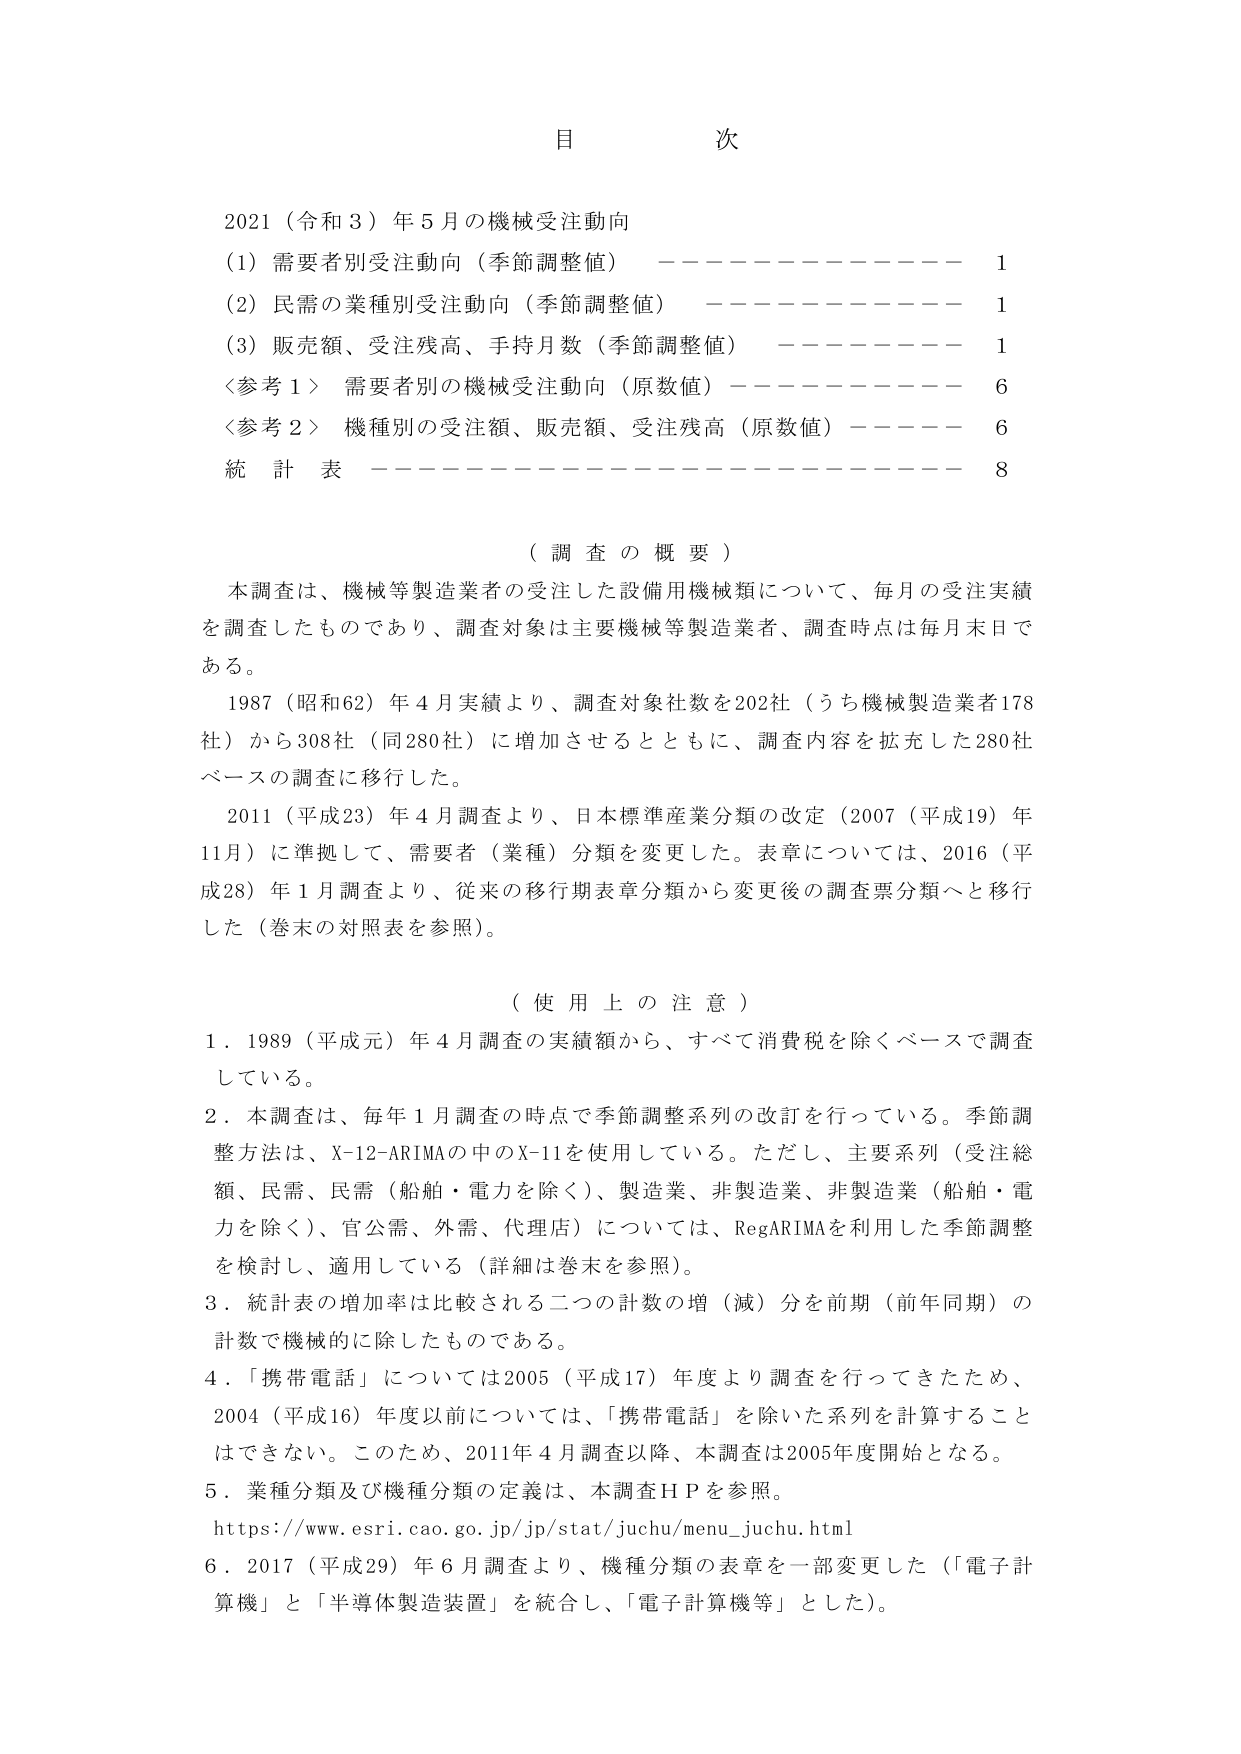
目 次

2021（令和3）年5月の機械受注動向
（1）需要者別受注動向（季節調整値） ———————— 1
（2）民需の業種別受注動向（季節調整値） ———————— 1
（3）販売額、受注残高、手持月数（季節調整値） ———————— 1
〈参考1〉 需要者別の機械受注動向（原数値） ———————— 6
〈参考2〉 機種別の受注額、販売額、受注残高（原数値） ———————— 6
統計表 ———————————————— 8

（調査の概要）
本調査は、機械等製造業者の受注した設備用機械類について、毎月の受注実績を調査したものであり、調査対象は主要機械等製造業者、調査時点は毎月末日である。
1987（昭和62）年4月実績より、調査対象社数を202社（うち機械製造業者178社）から308社（同280社）に増加させるとともに、調査内容を拡充した280社ベースの調査に移行した。
2011（平成23）年4月調査より、日本標準産業分類の改定（2007（平成19）年11月）に準拠して、需要者（業種）分類を変更した。表章については、2016（平成28）年1月調査より、従来の移行期表章分類から変更後の調査票分類へと移行した（巻末の対照表を参照）。

（使用上の注意）
1．1989（平成元）年4月調査の実績額から、すべて消費税を除くベースで調査している。
2．本調査は、毎年1月調査の時点で季節調整系列の改訂を行っている。季節調整方法は、X-12-ARIMAの中のX-11を使用している。ただし、主要系列（受注総額、民需、民需（船舶・電力を除く）、製造業、非製造業、非製造業（船舶・電力を除く）、官公需、外需、代理店）については、RegARIMAを利用した季節調整を検討し、適用している（詳細は巻末を参照）。
3．統計表の増加率は比較される二つの計数の増（減）分を前期（前年同期）の計数で機械的に除したものである。
4．「携帯電話」については2005（平成17）年度より調査を行ってきたため、2004（平成16）年度以前については、「携帯電話」を除いた系列を計算することはできない。このため、2011年4月調査以降、本調査は2005年度開始となる。
5．業種分類及び機種分類の定義は、本調査ＨＰを参照。
https://www.esri.cao.go.jp/jp/stat/juchu/menu_juchu.html
6．2017（平成29）年6月調査より、機種分類の表章を一部変更した（「電子計算機」と「半導体製造装置」を統合し、「電子計算機等」とした）。